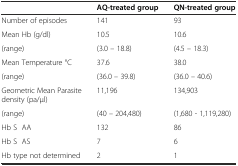
|  | AQ-treated group | QN-treated group |
 | --- | --- | --- |
 | Number of episodes | 141 | 93 |
 | Mean Hb (g/dl) | 10.5 | 10.6 |
 | (range) | (3.0 – 18.8) | (4.5 – 18.3) |
 | Mean Temperature °C | 37.6 | 38.0 |
 | (range) | (36.0 – 39.8) | (36.0 – 40.6) |
 | Geometric Mean Parasite density (pa/μl) | 11,196 | 134,903 |
 | (range) | (40 – 204,480) | (1,680 - 1,119,280) |
 | Hb S AA | 132 | 86 |
 | Hb S AS | 7 | 6 |
 | Hb type not determined | 2 | 1 |